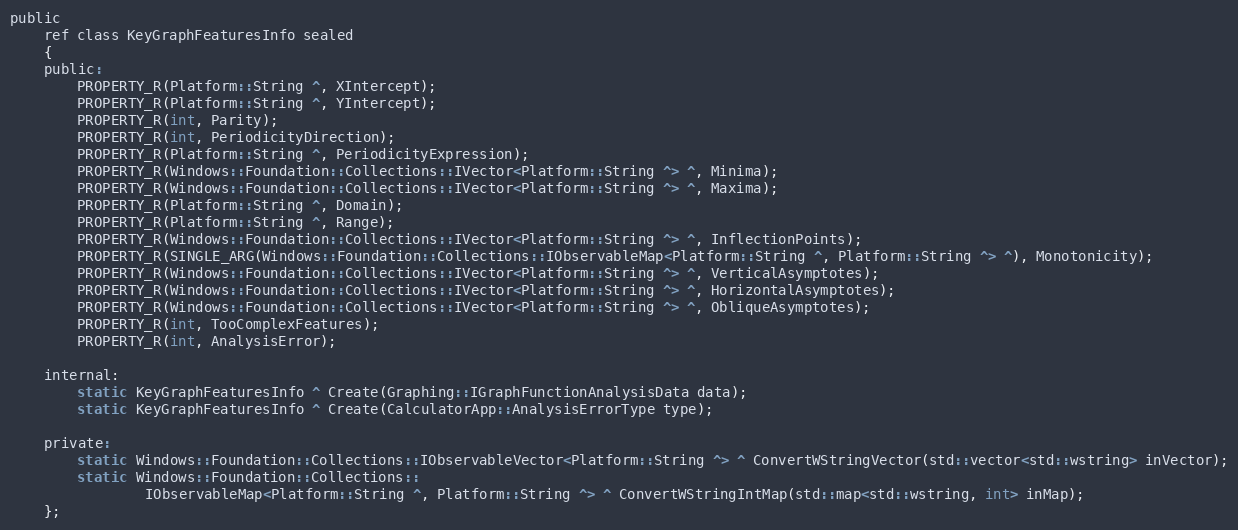
Language: C
public
    ref class KeyGraphFeaturesInfo sealed
    {
    public:
        PROPERTY_R(Platform::String ^, XIntercept);
        PROPERTY_R(Platform::String ^, YIntercept);
        PROPERTY_R(int, Parity);
        PROPERTY_R(int, PeriodicityDirection);
        PROPERTY_R(Platform::String ^, PeriodicityExpression);
        PROPERTY_R(Windows::Foundation::Collections::IVector<Platform::String ^> ^, Minima);
        PROPERTY_R(Windows::Foundation::Collections::IVector<Platform::String ^> ^, Maxima);
        PROPERTY_R(Platform::String ^, Domain);
        PROPERTY_R(Platform::String ^, Range);
        PROPERTY_R(Windows::Foundation::Collections::IVector<Platform::String ^> ^, InflectionPoints);
        PROPERTY_R(SINGLE_ARG(Windows::Foundation::Collections::IObservableMap<Platform::String ^, Platform::String ^> ^), Monotonicity);
        PROPERTY_R(Windows::Foundation::Collections::IVector<Platform::String ^> ^, VerticalAsymptotes);
        PROPERTY_R(Windows::Foundation::Collections::IVector<Platform::String ^> ^, HorizontalAsymptotes);
        PROPERTY_R(Windows::Foundation::Collections::IVector<Platform::String ^> ^, ObliqueAsymptotes);
        PROPERTY_R(int, TooComplexFeatures);
        PROPERTY_R(int, AnalysisError);

    internal:
        static KeyGraphFeaturesInfo ^ Create(Graphing::IGraphFunctionAnalysisData data);
        static KeyGraphFeaturesInfo ^ Create(CalculatorApp::AnalysisErrorType type);

    private:
        static Windows::Foundation::Collections::IObservableVector<Platform::String ^> ^ ConvertWStringVector(std::vector<std::wstring> inVector);
        static Windows::Foundation::Collections::
                IObservableMap<Platform::String ^, Platform::String ^> ^ ConvertWStringIntMap(std::map<std::wstring, int> inMap);
    };